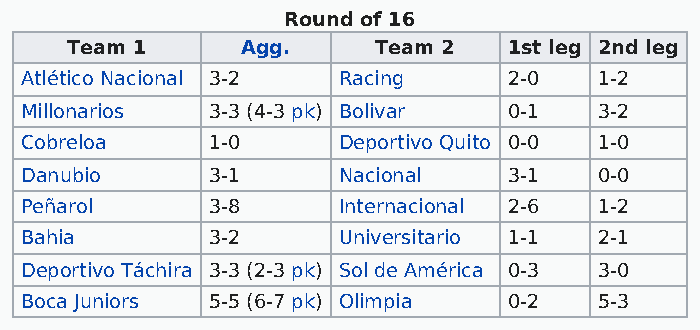
Round of 16
 Team 1      Agg.     Team 2   1st leg 2nd leg
 Atlético Nacional 3-2 Racing     2-0   1-2
 Millonarios  3-3 (4-3 pk) Bolivar 0-1  3-2
 Cobreloa     1-0     Deportivo Quito 0-0 1-0
 Danubio      3-1     Nacional    3-1   0-0
 Peñarol      3-8     Internacional 2-6 1-2
 Bahia        3-2     Universitario 1-1 2-1
 Deportivo Táchira 3-3 (2-3 pk) Sol de América 0-3 3-0
 Boca Juniors 5-5 (6-7 pk) Olimpia 0-2  5-3